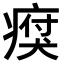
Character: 𤸗